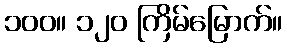
၁၀၀။ ၁၂၀ ကြိမ်မြောက်။